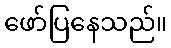
ဖော်ပြနေသည်။